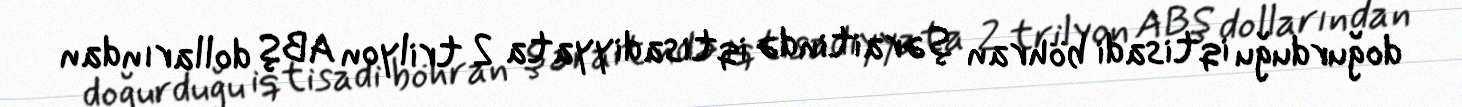
doğurduğu iqtisadi böhran şəraitində iqtisadiyyata 2 trilyon ABŞ dollarından